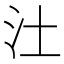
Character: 汢